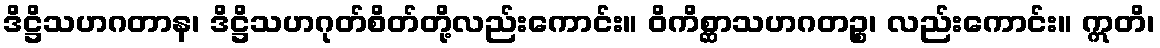
ဒိဋ္ဌိသဟဂတာန၊ ဒိဋ္ဌိသဟဂုတ်စိတ်တို့လည်းကောင်း။ ဝိကိစ္ဆာသဟဂတဉ္စ၊ လည်းကောင်း။ ဣတိ၊